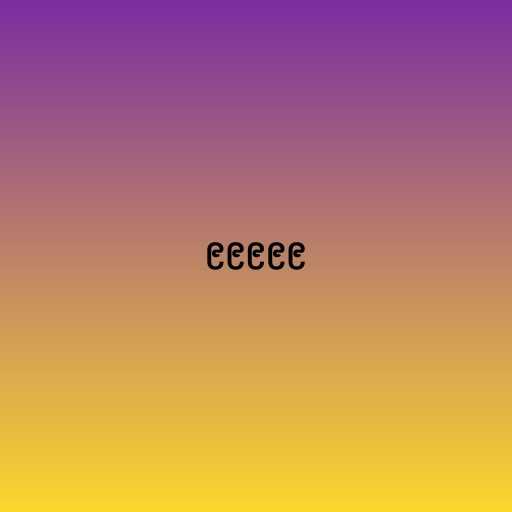
၉၉၉၉၉